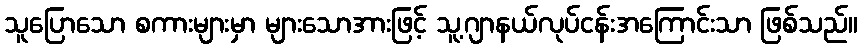
သူပြောသော စကားများမှာ များသောအားဖြင့် သူ့ဂျာနယ်လုပ်ငန်းအကြောင်းသာ ဖြစ်သည်။